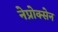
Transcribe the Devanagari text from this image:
नेप्रोक्सेन